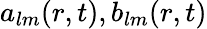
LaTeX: a_{lm}(r,t),b_{lm}(r,t)